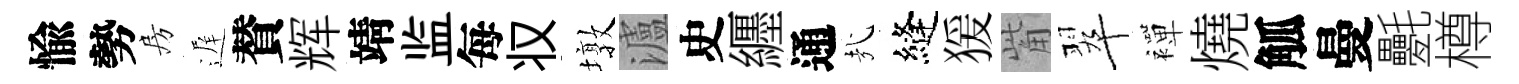
愉勢房遅賛辉靖监每𠬧墩瀘史纒通㢤縫猨觜翠襌燒觚曼氎樽